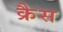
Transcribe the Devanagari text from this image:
क्रैस